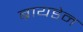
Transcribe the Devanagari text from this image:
ब्रायडेन